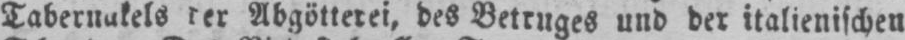
Abgötterei, des Betruges und der italienischen